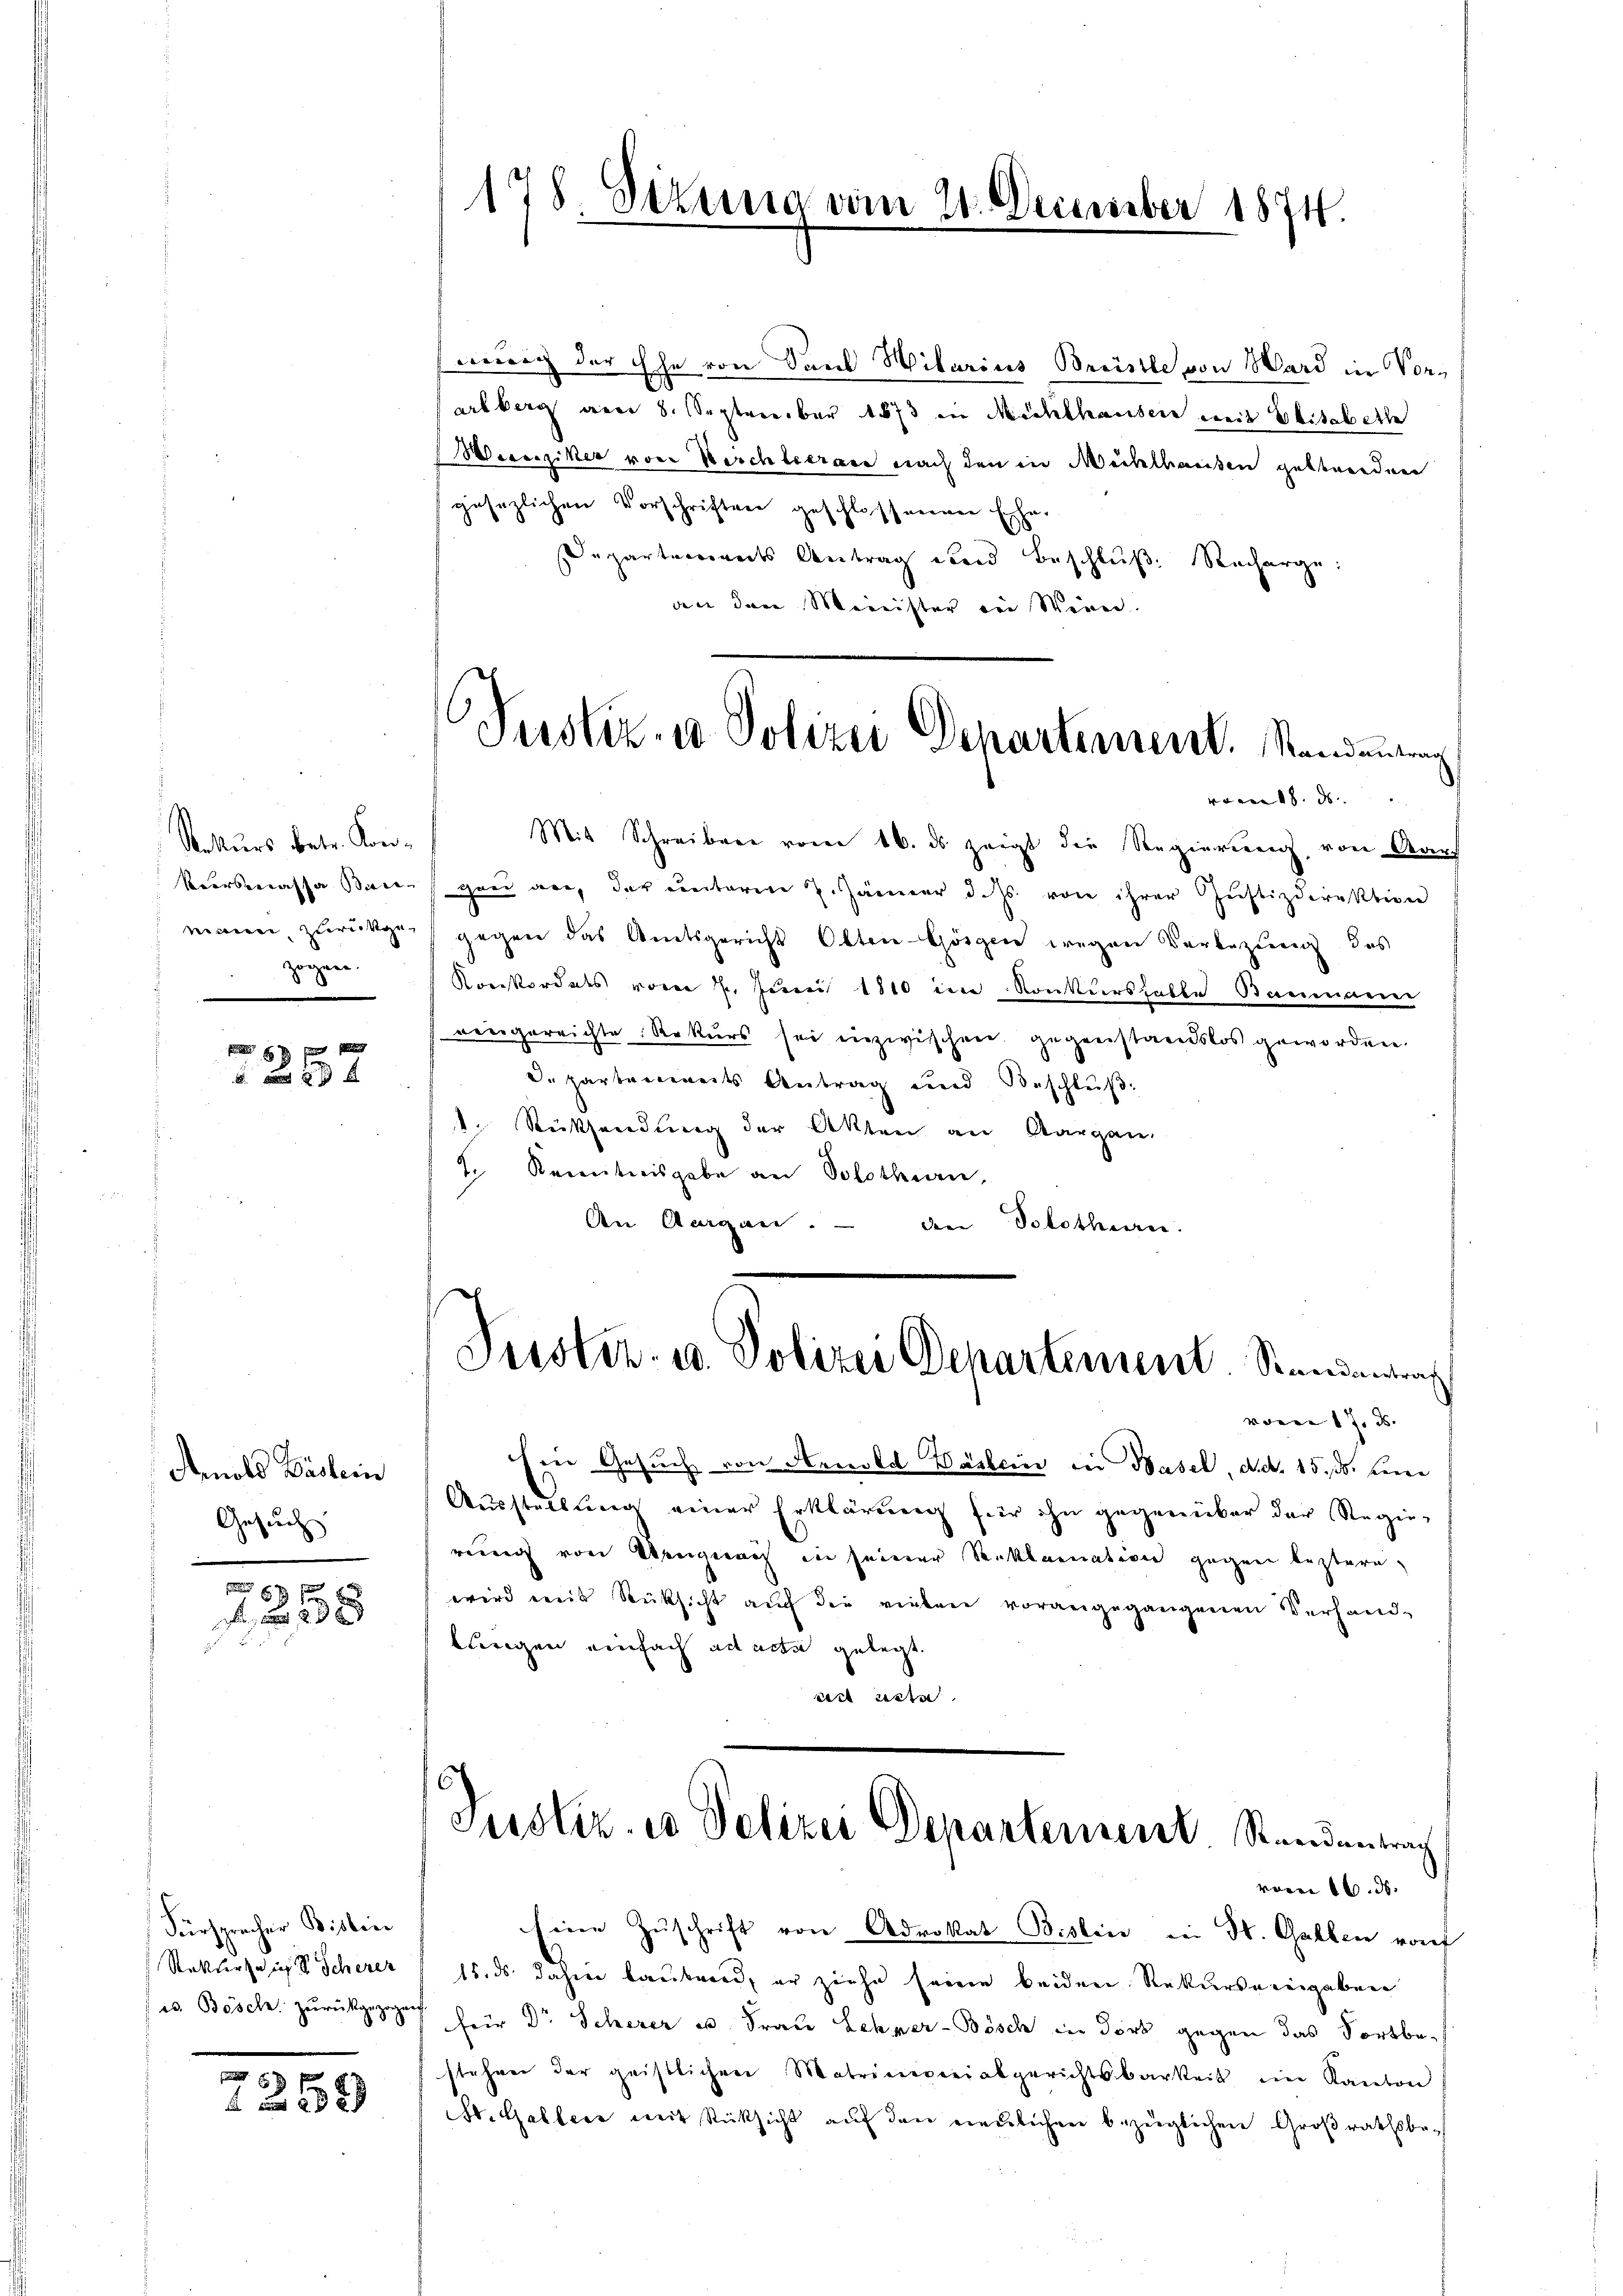
Rekurs betr. Kon¬
Veersmasse Bau- |
niciren zurückgezogen.

59 f
 2 x

Arnold Baslein
Gesuch

67 f
2

Fürsprecher Bislei
¬
Rekurs ein Scherer
es. Bösche zurückgezogen

698
 0 x

178 Sizung vom 21. December 1874.

wenig der Ehe von Sand Hilarius Brüstle von Ward in Vorarlberg am 8. September 1873 in Mühlhausen mit Elisabethe
Weeseziker von Berchterate nach den in Mühlhausen gestreiden
gesezlichen Vorschriften geschlossenen Exper
Departeriannes Antrag und Beschluß. Recherge
an dere Minister den Wein

Mit Schreiben vom 16. ds zeigt die Regierung, von Aarheer vor, der Contorene 7. Jänner d. Js. von ihrer Justizdirektion
gegen das Amtsgericht Otten-Hörgen wegen Verlegung des
Konkordats vom 7. Juni 1810 im Konkursfalle Baumann
vergerrichte Rekurs sei inzwischen gegenstandslos geworden.
d. Hartenweits Antrag und Beschlŭβ:
1. Rücksendung der Akten an Aargau.
J. Kenntnisgabe an Solothurn,
An Aargau. - den Solothurn.

Justiz- u. Polizei Departement. Standeutung

vom 18. ds.

Justiz- u. Polizei Departement. Standantra

Ein Gesuch von Arnold Baslein in Basel, d.d. 15. ds. eini
Ausstellung einer Erklärung für ihn gegenüber der Regie-
reuer von Mengeraus in seiner Reklamation gegen leztern,
wird mit Rücksicht auch der rieben vorangegangenen Verhand-
lungen einfach ad acta gelegt.
est reste
Justiz, wo Polizei Departement. Standenbrach
vom 16. ds.
Eine Zŭschrift von Advokat Bislin in St. Gallen vorf
15. ds. dahier bautend, er ziehe seine beiden Rekursemingaben
für Dr Scherer u Frau Lehrer-Bösch in dort gegen das Fortbestehen der geistlichen Matriceverialgerichtsbarkeit ein Kanton
St. Galler mit Rücksicht aŭf den neulichen bezüglichen Großrathsbe-

vom 17. ds.